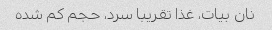
نان بیات، غذا تقریبا سرد، حجم کم شده